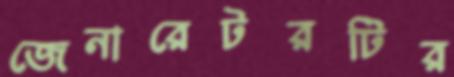
জেনারেটরটির